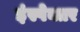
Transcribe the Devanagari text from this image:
इंस्पेक्तर